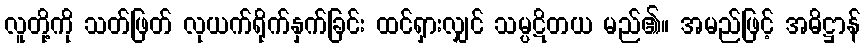
လူတို့ကို သတ်ဖြတ် လုယက်ရိုက်နှက်ခြင်း ထင်ရှားလျှင် သမ္ပဋိတယ မည်၏။ အမည်ဖြင့် အဓိဋ္ဌာန်